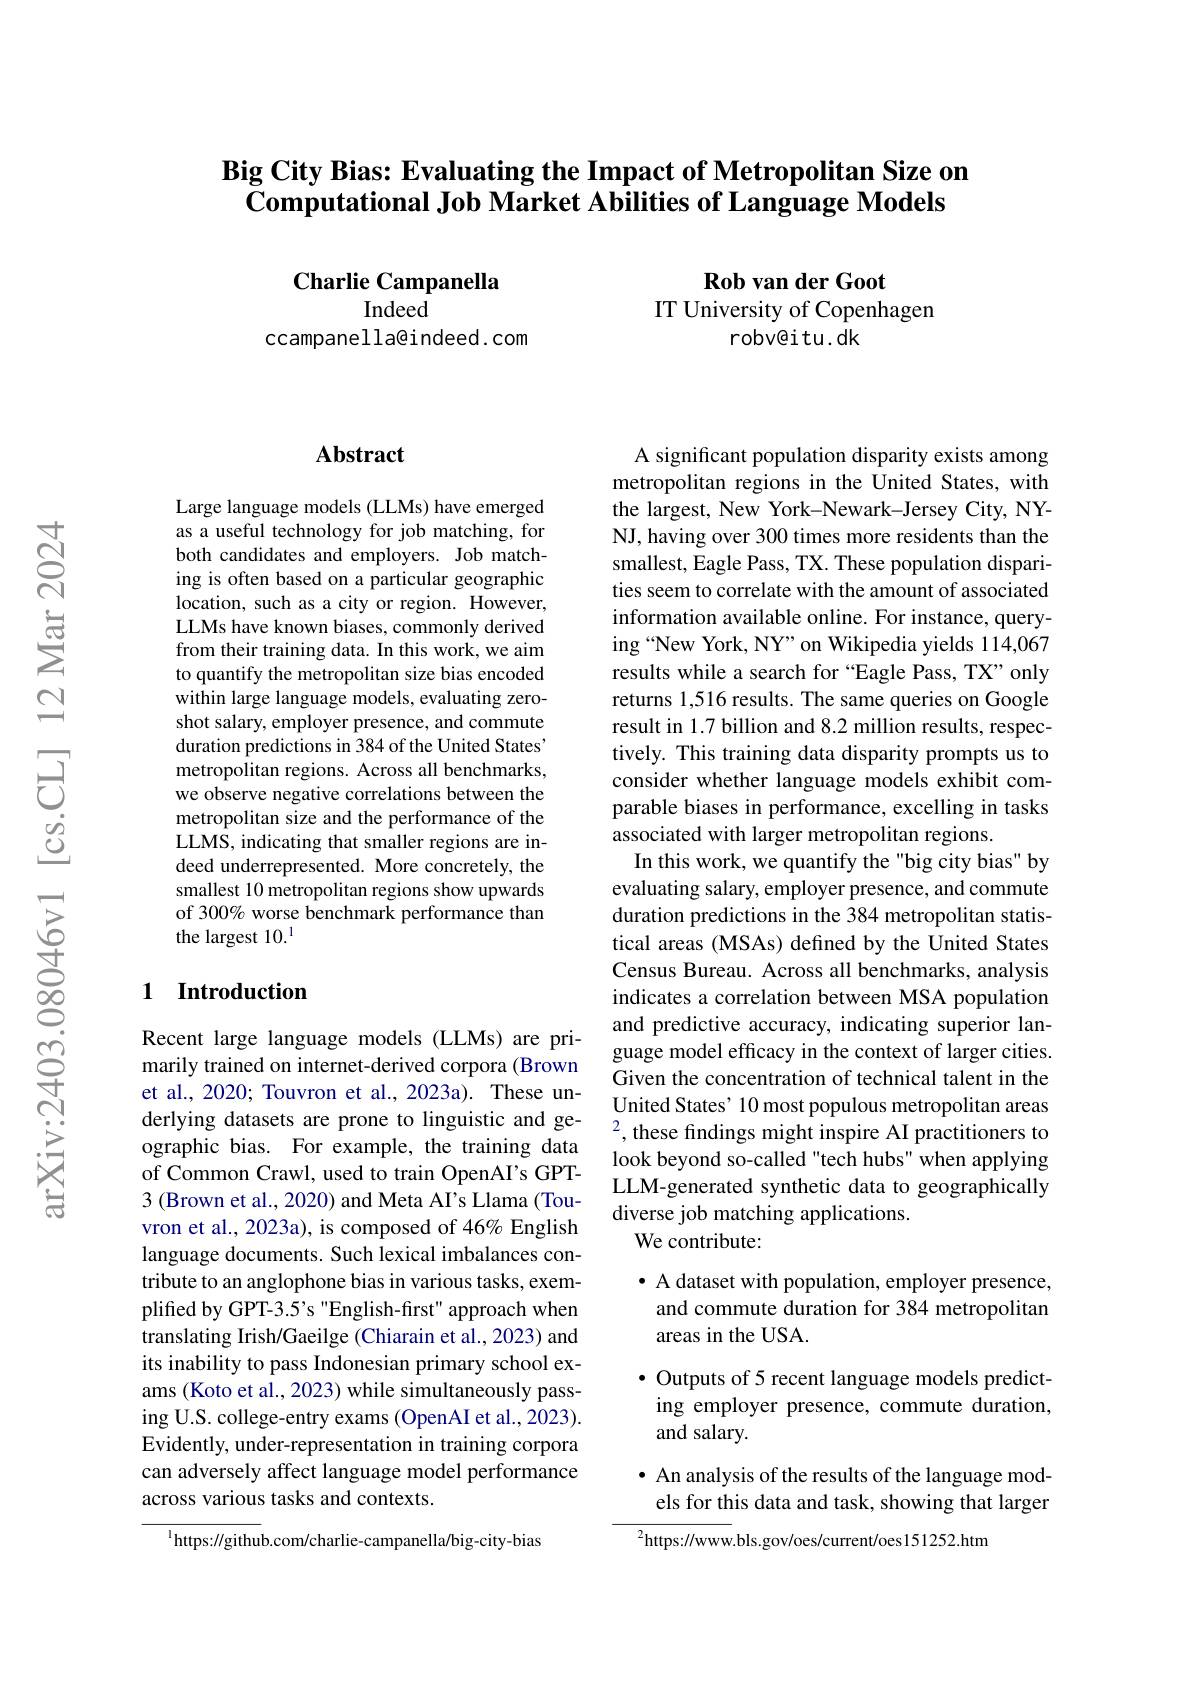
## $\textbf{Big City Bias: Evaluating the Impact of Metropolitan Size on}$ $\textbf{Computational Job Market Abilities of Language Models}$

$\textbf{Rob van der Goot}$
IT University of Copenhagen
robv@itu.dk

Charlie Campanella
Indeed
ccampanella@indeed. com

### Abstract

Large language models (LLMs) have emerged as a useful technology for job matching, for both candidates and employers. Job matching is often based on a particular geographic location, such as a city or region. However, LLMs have known biases, commonly derived from their training data. In this work, we aim to quantify the metropolitan size bias encoded within large language models, evaluating zeroshot salary, employer presence, and commute duration predictions in 384 of the United States' metropolitan regions. Across all benchmarks, we observe negative correlations between the metropolitan size and the performance of the LLMS, indicating that smaller regions are indeed underrepresented. More concretely, the smallest 10 metropolitan regions show upwards of 300% worse benchmark performance than the largest 10.$^1$

### 1 $\textbf{Introduction}$

Recent large language models (LLMs) are primarily trained on internet-derived corpora (Brown et al., 2020; Touvron et al., 2023a). These unographic bias. For example, the training data of Common Crawl, used to train OpenAI's GPT- 3 (Brown et al., 2020) and Meta AI's Llama (Touvron et al., 2023a), is composed of 46% English language documents. Such lexical imbalances contribute to an anglophone bias in various tasks, exemplified by GPT-3.5's "English-first" approach when translating Irish/Gaeilge (Chiarain et al., 2023) and its inability to pass Indonesian primary school exams (Koto et al., 2023) while simultaneously passing U.S. college-entry exams (OpenAI et al., 2023). Evidently, under-representation in training corpora can adversely affect language model performance across various tasks and contexts.

$^{1}$https://github.com/charlie-campanella/big-city-bias

A significant population disparity exists among metropolitan regions in the United States, with the largest, New York-Newark-Jersey City, NYNJ, having over 300 times more residents than the smallest, Eagle Pass, TX. These population disparities seem to correlate with the amount of associated information available online. For instance, querying “New York, NY” on Wikipedia yields 114,067 results while a search for “Eagle Pass, TX” only returns 1,516 results. The same queries on Google result in 1.7 billion and 8.2 million results, respectively. This training data disparity prompts us to consider whether language models exhibit comparable biases in performance, excelling in tasks associated with larger metropolitan regions.
In this work, we quantify the "big city bias" by evaluating salary, employer presence, and commute duration predictions in the 384 metropolitan statistical areas (MSAs) defined by the United States Census Bureau. Across all benchmarks, analysis indicates a correlation between MSA population and predictive accuracy, indicating superior language model efficacy in the context of larger cities. Given the concentration of technical talent in the United States' 10 most populous metropolitan areas
derlying datasets are prone to linguistic and ge- Ullleu sates 10 Inost popuious Iletopollal aleas ographic bias. For example. the training data 2, these findings might inspire AI practitioners to
look beyond so-called "tech hubs" when applying LLM-generated synthetic data to geographically diverse job matching applications.
We contribute:

· A dataset with population, employer presence,
and commute duration for 384 metropolitan
areas in the USA.

· Outputs of 5 recent language models predict-

ing employer presence, commute duration,

and salary.

## · An analysis of the results of the language models for this data and task, showing that larger

$^{2}$https://www.bls.gov/oes/current/oes151252.htm